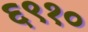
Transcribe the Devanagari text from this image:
६९१०